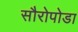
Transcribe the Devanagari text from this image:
सौरोपोडा